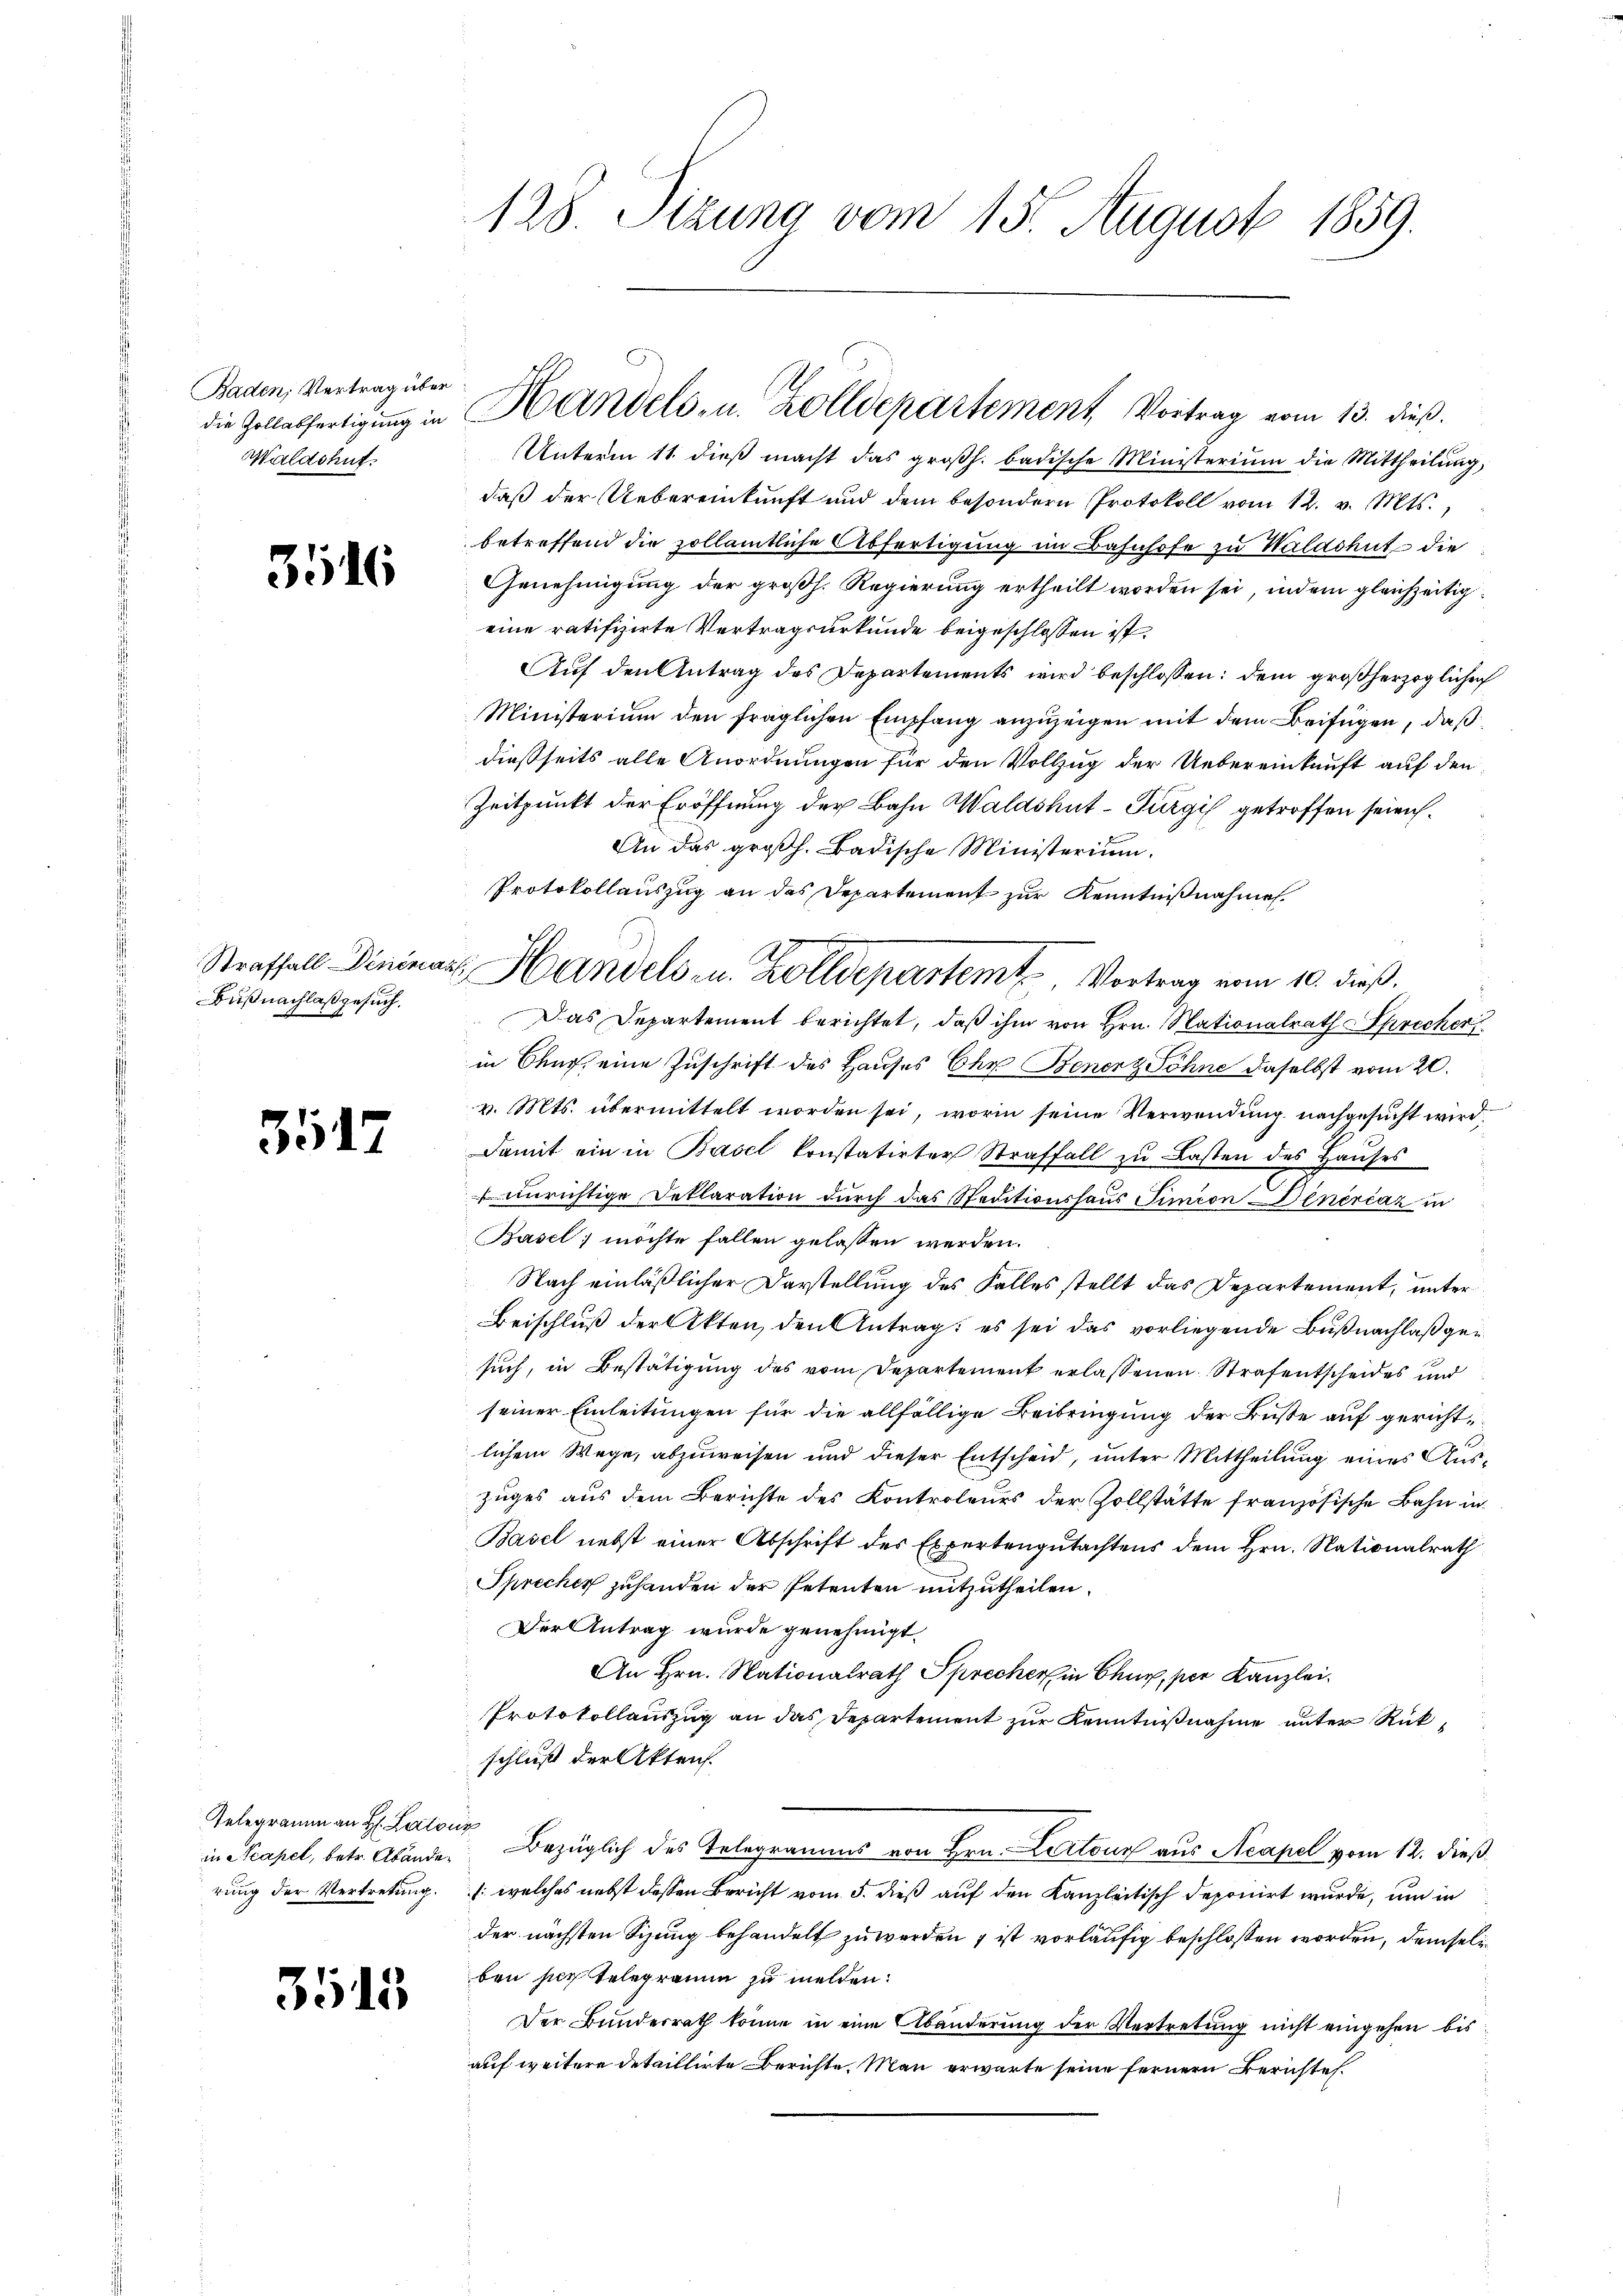
Baden, Vertrag über
Waldshut.

356

Straffall Dineraz
Buß nachlaß gesuch.

3517

Gelegramm an H. Latour
rung der Vertretung.

3513

128. Sizung vom 15. August 1859.

Unterm 11. dieß macht das großh. badische Ministerium die Mittheilung,
daß der Uebereinkunft und dem besondern Protokoll vom 12. v. Mts.,
betreffend die zollamtliche Abfertigung im Bahnhofe zu Waldshut die
Genehmigung der großh. Regierung ertheilt worden sei, indem gleichzeitigeine ratifizirte Vertragsurkunde beigeschlossen ist.
Auf den Antrag des Departements wird beschlossen: dem großherzoglichen
Ministerium den fraglichen Empfang anzuzeigen mit dem Beifügen, daß
dießseits alle Anordnungen für den Vollzug der Uebereinkunft auf den
Zeitpunkt der Eröffnung der Bahn Waldshut-Fürgil getroffen seiens¬
An das großh. Badische Ministerium.
Protokollauszug an das Departement zur Kenntnißnahmen.
Das Departement berichtet, daß ihm von Hrn. Nationalrath Sprecher
in Chur, eine Zuschrift des Hauses Ehr Benen & Söhne daselbst vom 20.
v. Mts. übermittelt worden sei, worin seine Verwendung nachgesucht wird.
Damit ein in Basel konstatirter Straffall zŭ Lasten des Haŭses
Unrichtige Deklaration durch das Staditionshaus Simion Beneraz in
Basel; möchte fallen gelassen werden.
Nach einläßlicher Darstellung des Falles stellt das Departement, unter
Beischluß der Akten, den Antrag, es sei das vorliegende Bußnachlaß gesuch, in Bestätigung des vom Departement erlassenen Straf entscheides und
seiner Einleitungen für die allfällige Beibringung der Buße auf gerichtlichem Wege, abzuweisen und dieser Entscheid, unter Mittheilung eines Auszuges aus dem Berichte des Kontroleurs der Zollstätte französische Bahn in
Basel nebst einer Abschrift des Expertengutachtens dem Hrn. Nationalrath
Sprecher zuhanden der Petenten mitzutheilen.
Der Antrag wurde genehmigt.
An Hrn. Nationalrath Sprecher in Chur, per Kanzlei.
Protokollauszug an das Departement zur Kenntnißnahme unter Rückschluß der Akten.
in Neapel, betr. Abände Bezüglich des Telegramms von Hrn. Lectoni aus Neapel vom 12. dieß
/: welches nebst dessen Bericht vom 5. dieß auf den Kanzleitisch deponirt wurde, um in
der nächsten Sizung behandelt zu worden & ist vorläufig beschlossen worden, demseliben ser Telegramm zu melden:
Der Bunderrath könne in eine Abänderung der Vertretung nicht eingehen bis
auf weitere detaillirte Berichte. Man erwarte seine fernern Berichte

die Zollabfertigung in Handels- u. Zolldepartement, Vortrag vom 13. dieß.

v. Handels in Zolldepartemt. Vortrag vom 10. dieß.